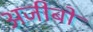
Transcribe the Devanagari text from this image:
अजीबो